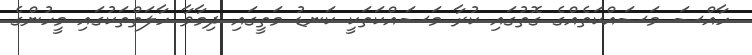
ހާއްސަ މަސައްކަތެއްގެ ގޮތުގައި ކުރާ މަސައްކަތަކީ ކަނޑު މަތީގައި ދިމާވާ ހާލަތްތަކުގައި މީހުންގެ